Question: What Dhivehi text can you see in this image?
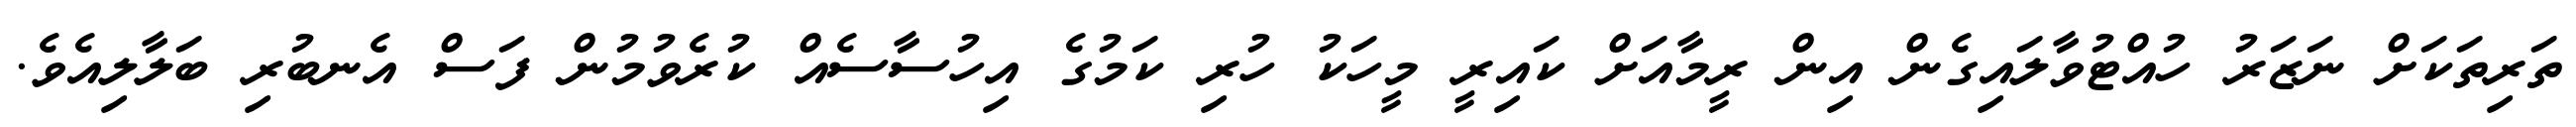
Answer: ތަރިތަކަށް ނަޒަރު ހުއްޓުވާލައިގެން އިން ރީމާއަށް ކައިރީ މީހަކު ހުރި ކަމުގެ އިހުސާސެއް ކުރެވުމުން ފަސް އެނބުރި ބަލާލިއެވެ.